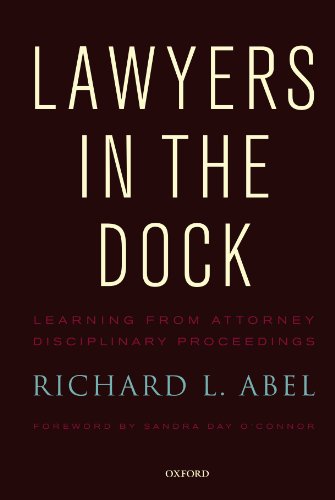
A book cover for Lawyers in the Dock; Richard L. Abel; Law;